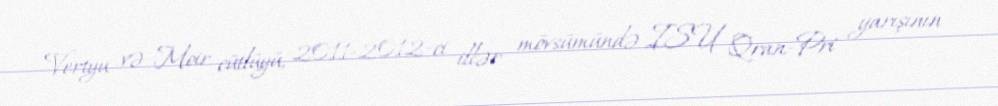
Vertyu və Moir cütlüyü, 2011-2012-ci illər mövsümündə ISU Qran-Pri yarışının